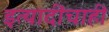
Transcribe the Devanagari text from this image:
इत्यादींचाही